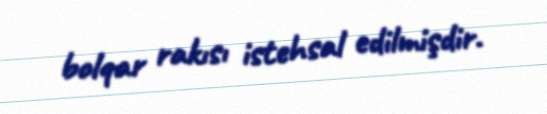
bolqar rakısı istehsal edilmişdir.